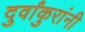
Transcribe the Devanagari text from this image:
दुर्वांकुरांनी